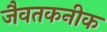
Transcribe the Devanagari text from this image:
जैवतकनीक